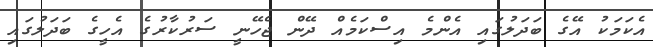
އެކަމަކު އޭގެ ބަދަލުގައި އެންމެ އިސްކަމެއް ދޭން ޖެހޭނީ ސަރުކާރުގެ އެހީގެ ބަދަލުގައި